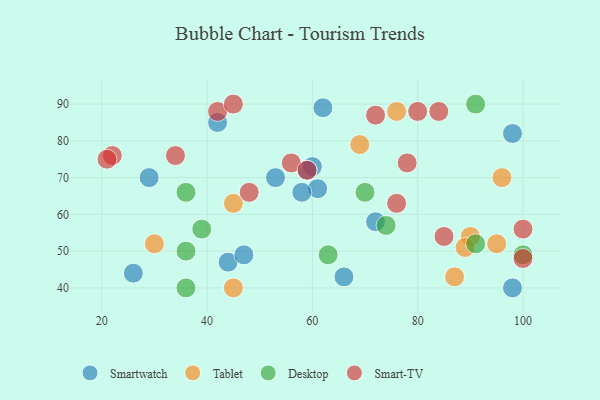
{"axis": {"x": "GDP", "y": "Life Expectancy"}, "legend": ["Desktop", "Smart-TV", "Smartwatch", "Tablet"], "data": [{"x": "72", "y": 58, "type": "Smartwatch"}, {"x": "29", "y": 70, "type": "Smartwatch"}, {"x": "53", "y": 70, "type": "Smartwatch"}, {"x": "62", "y": 89, "type": "Smartwatch"}, {"x": "61", "y": 67, "type": "Smartwatch"}, {"x": "58", "y": 66, "type": "Smartwatch"}, {"x": "44", "y": 47, "type": "Smartwatch"}, {"x": "60", "y": 73, "type": "Smartwatch"}, {"x": "66", "y": 43, "type": "Smartwatch"}, {"x": "26", "y": 44, "type": "Smartwatch"}, {"x": "47", "y": 49, "type": "Smartwatch"}, {"x": "42", "y": 85, "type": "Smartwatch"}, {"x": "98", "y": 82, "type": "Smartwatch"}, {"x": "59", "y": 72, "type": "Smartwatch"}, {"x": "98", "y": 40, "type": "Smartwatch"}, {"x": "76", "y": 88, "type": "Tablet"}, {"x": "69", "y": 79, "type": "Tablet"}, {"x": "30", "y": 52, "type": "Tablet"}, {"x": "45", "y": 40, "type": "Tablet"}, {"x": "90", "y": 54, "type": "Tablet"}, {"x": "95", "y": 52, "type": "Tablet"}, {"x": "45", "y": 63, "type": "Tablet"}, {"x": "96", "y": 70, "type": "Tablet"}, {"x": "87", "y": 43, "type": "Tablet"}, {"x": "89", "y": 51, "type": "Tablet"}, {"x": "36", "y": 50, "type": "Desktop"}, {"x": "63", "y": 49, "type": "Desktop"}, {"x": "36", "y": 40, "type": "Desktop"}, {"x": "100", "y": 49, "type": "Desktop"}, {"x": "36", "y": 66, "type": "Desktop"}, {"x": "39", "y": 56, "type": "Desktop"}, {"x": "74", "y": 57, "type": "Desktop"}, {"x": "70", "y": 66, "type": "Desktop"}, {"x": "91", "y": 52, "type": "Desktop"}, {"x": "91", "y": 90, "type": "Desktop"}, {"x": "42", "y": 88, "type": "Smart-TV"}, {"x": "100", "y": 56, "type": "Smart-TV"}, {"x": "56", "y": 74, "type": "Smart-TV"}, {"x": "34", "y": 76, "type": "Smart-TV"}, {"x": "72", "y": 87, "type": "Smart-TV"}, {"x": "22", "y": 76, "type": "Smart-TV"}, {"x": "85", "y": 54, "type": "Smart-TV"}, {"x": "80", "y": 88, "type": "Smart-TV"}, {"x": "21", "y": 75, "type": "Smart-TV"}, {"x": "100", "y": 48, "type": "Smart-TV"}, {"x": "48", "y": 66, "type": "Smart-TV"}, {"x": "45", "y": 90, "type": "Smart-TV"}, {"x": "84", "y": 88, "type": "Smart-TV"}, {"x": "76", "y": 63, "type": "Smart-TV"}, {"x": "59", "y": 72, "type": "Smart-TV"}, {"x": "78", "y": 74, "type": "Smart-TV"}]}